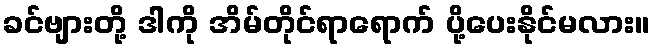
ခင်ဗျားတို့ ဒါကို အိမ်တိုင်ရာရောက် ပို့ပေးနိုင်မလား။